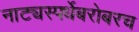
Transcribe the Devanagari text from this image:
नाट्यस्पर्धेबरोबरच